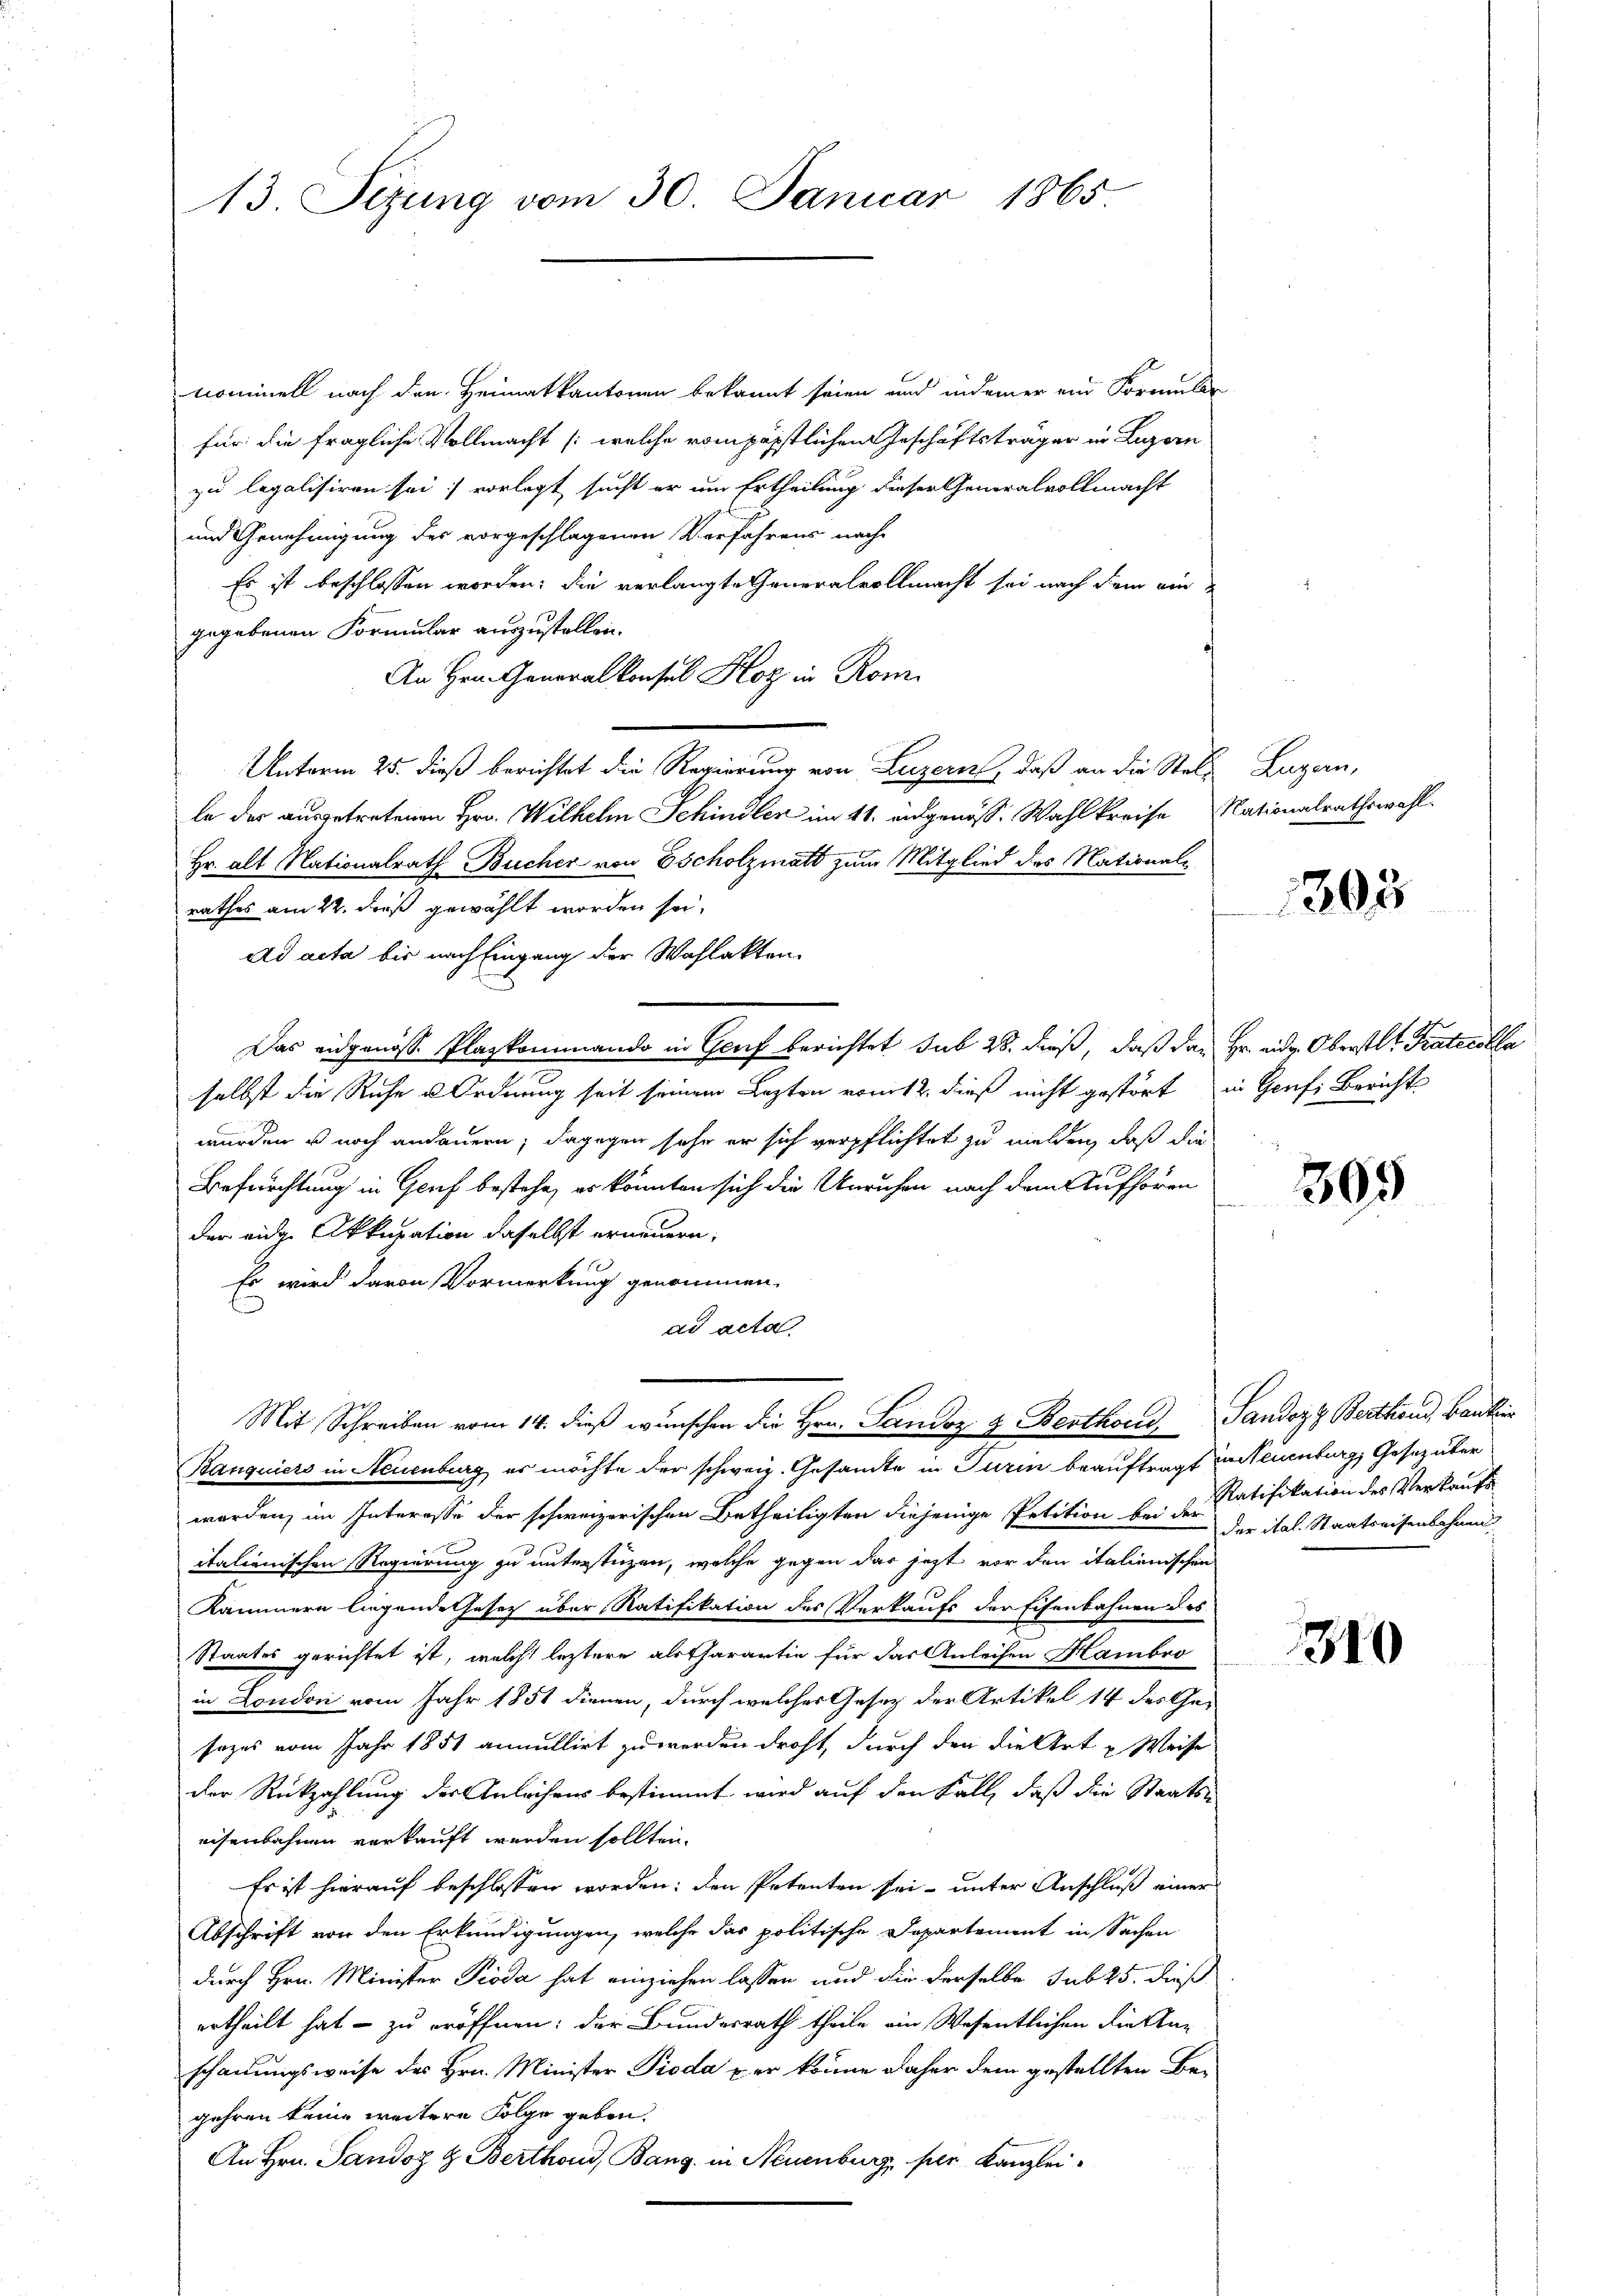
13. Sezung vom 30. Januar 1865

nominell nach den Heimatkantonen bekannt seien und indemer ein Formular
für die fragliche Vollmacht /: welche vom päpstlichen Geschäftsträger in Luzern
zu legalisiren sei; vorlegt, sucht er um Ertheilung dieser Generalvollmacht
und Genehmigung des vorgeschlagenen Verfahrens nach
Es ist beschlossen worden; die verlangte Generalvollmacht sei nach dem ein
gegebenen Formular auszustellen.
An Hrn. Generalkonsul Hoz in Rom.
Unterm 25. dieß berichtet die Regierung von Luzern, daß an die Stel-
le der ausgetretenen Hrn. Wilhelm Schindler im 11. eidgenöss. Wahlkreise Nationalrathswahl
Hr. alt Nationalrath Bücher von Escholzmatt zum Mitglied des Nationalrathes am 22. dieß gewählt worden sei.
Ad acta bis nach Eingang der Wahlakten.
Das eidgenosse Plazkommando in Genf berichtet sub 28. dieß, daß der Hr. eidg. Oberstl. Protocolla
selbst die Ruhe u. Ordnung seit seinem Lezten vom 12. dieß nicht gestört in Genf. Bericht
wurden u noch andauern; dagegen sehr er sich verpflichtet zu melden, daß die
Befürchtung in Genf bestehe, es könnten sich die Unruhen nach dem Aufhören
der eine Akkupation daselbst erneuern;
Es wird davon Vormerkung genommen.
ad acta.
Mit Schreiben vom 14. dieß wünschen die Hrn. Sandoz & Berthoris Sandozz Berthand, Bankin
Banquiers in Neuenburg es möchte der schweiz. Gesandte in Turin beauftragt zusteuenburg, Gesez über
worden, im Interesse der schweizerischen Betheiligten diejenige Petition bei der der ital. Staatseisenbahnen
italienischen Regierung zu unterstüzen, welche gegen das jetzt vor den italienischen
Kammern liegende Gesetz über Ratifikation des Verkaufs der Eisenbahnen des
Staates gerichtet ist, welche leztere als Charartin für das Anleihen Hambro
in London vom Jahr 1851 dienen, durch welches Gesetz der Artikel 14 des Ge-
sezes vom Jahr 1851 annullirt zu werden droht, durch den die Art u Weise
der Rückzahlung der Anleihens bestimmt wird auf den Fall, daß die Staats-
eisenbahnen verkauft werden sollten.
Es ist hierauf beschlossen worden; den Petenten sei- unter Anschluß einer
Abschrift von den Erkundigungen, welche das politische Departement in Sachen
durch Hrn. Minister Pioda hat einziehen lassen und die derselbe sub 25. dieß
ertheilt hat – zu eröffnen; der Bundesrath theile ein Wesentlichen die Ka-
schauungsweise des Hrn. Minister Pioda per könne daher dem gestellten Begehren keine weitere Folge geben.
An Hrn. Sandoz & Berthous, Bang, in Neuenburg, per Kanzlei-

Augen,

303

303

Ratifikation des Verkaufs

310